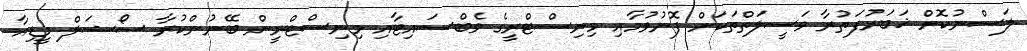
ލަސްނުކޮށް ޚަބަރުފަތުރާ ވަސީލަތްތަކަށް ފޮނުވުމާއި މިނިސްޓްރީގެ ވެބްސައިޓާއި މިނިސްޓްރީން ބޭނުންކުރާ ސޯޝަލް މީޑިއާ